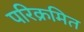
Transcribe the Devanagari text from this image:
परिक्रमित